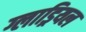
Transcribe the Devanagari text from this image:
ग्लाड्रियल